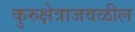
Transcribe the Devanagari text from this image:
कुरुक्षेत्राजवळील